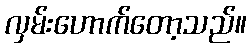
လှမ်းဟောက်တော့သည်။